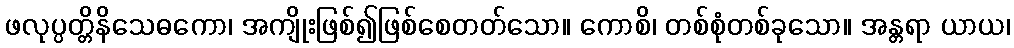
ဖလုပ္ပတ္တိနိသေဓကော၊ အကျိုးဖြစ်၍ဖြစ်စေတတ်သော။ ကောစိ၊ တစ်စုံတစ်ခုသော။ အန္တရာ ယာယ၊